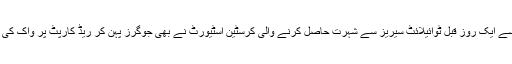
اس سے ایک روز قبل ٹوائیلائٹ سیریز سے شہرت حاصل کرنے والی کرسٹین اسٹیورٹ نے بھی جوگرز پہن کر ریڈ کارپٹ پر واک کی تھی۔